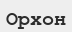
Орхон